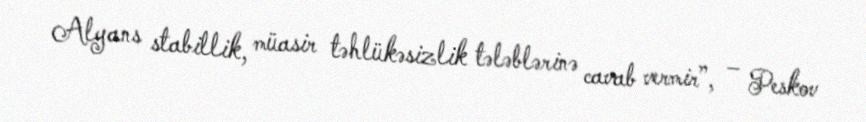
Alyans stabillik, müasir təhlükəsizlik tələblərinə cavab vermir”, – Peskov